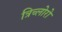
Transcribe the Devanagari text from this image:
त्रिच्लोरो